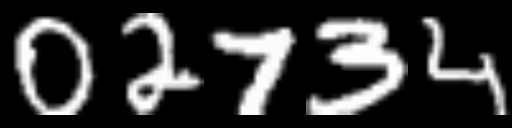
Text: 02734